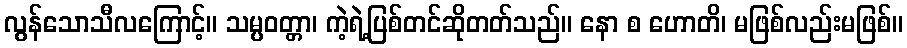
လွန်သောသီလကြောင့်။ သမ္ပဝတ္တာ၊ ကဲ့ရဲ့ပြစ်တင်ဆိုတတ်သည်။ နော စ ဟောတိ၊ မဖြစ်လည်းမဖြစ်။